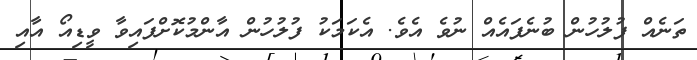
ތަނެއް ފުލުހުން ބުނެފައެއް ނުވެ އެވެ. އެކަމަކު ފުލުހުން އާންމުކޮށްފައިވާ ވީޑިއޯ އާއި